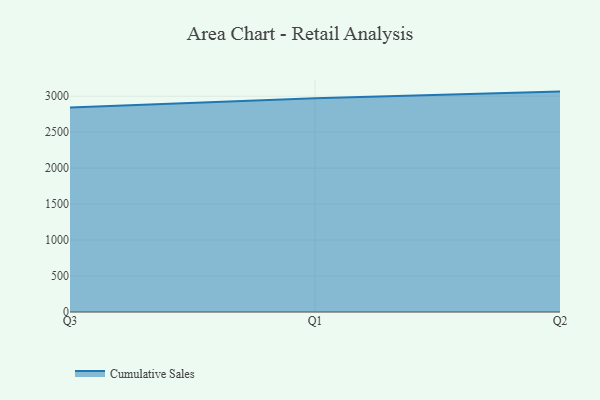
{"axis": {"x": "Quarter", "y": "Website Visitors"}, "legend": ["Cumulative Sales"], "data": [{"x": "Q3", "y": 2844.9, "type": "Cumulative Sales"}, {"x": "Q1", "y": 2971.4, "type": "Cumulative Sales"}, {"x": "Q2", "y": 3064.5, "type": "Cumulative Sales"}]}